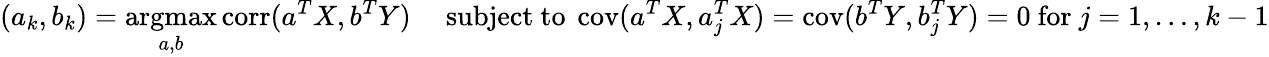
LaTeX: (a_{k},b_{k})={\underset{a,b}{\operatorname{argmax}}}\operatorname{corr}(a^{T}X,b^{T}Y)\quad{\mathrm{~subject~to~}}\operatorname{cov}(a^{T}X,a_{j}^{T}X)=\operatorname{cov}(b^{T}Y,b_{j}^{T}Y)=0{\mathrm{~for~}}j=1,\dots,k-1